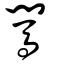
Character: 闖